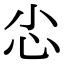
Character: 𢖿